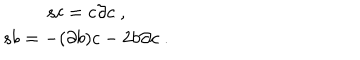
\begin{array} { c } { { s c = c \partial c \; , } } \\ { { s b = - ( \partial b ) c - 2 b \partial c \; . } } \\ \end{array}